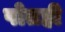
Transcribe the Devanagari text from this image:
पोतही